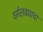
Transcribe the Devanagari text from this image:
वर्गलढ्याचा